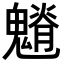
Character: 𩴎